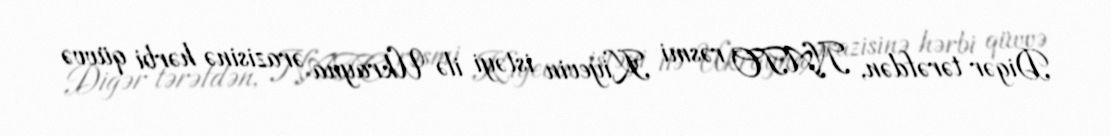
Digər tərəfdən, NATO rəsmi Kiyevin istəyi ilə Ukrayna ərazisinə hərbi qüvvə